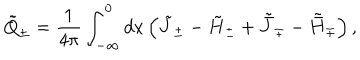
\tilde { Q } _ { \pm } = { \frac { 1 } { 4 \pi } } \int _ { - \infty } ^ { 0 } d x \left( \tilde { J } _ { \pm } - \tilde { H } _ { \pm } + \tilde { \bar { J } } _ { \mp } - \tilde { \bar { H } } _ { \mp } \right) ,